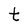
Character: t